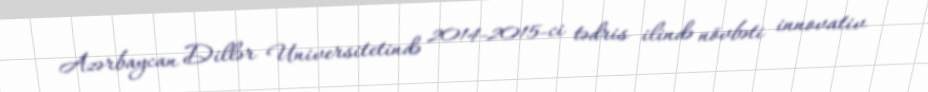
Azərbaycan Dillər Universitetində 2014-2015-ci tədris ilində növbəti innovativ